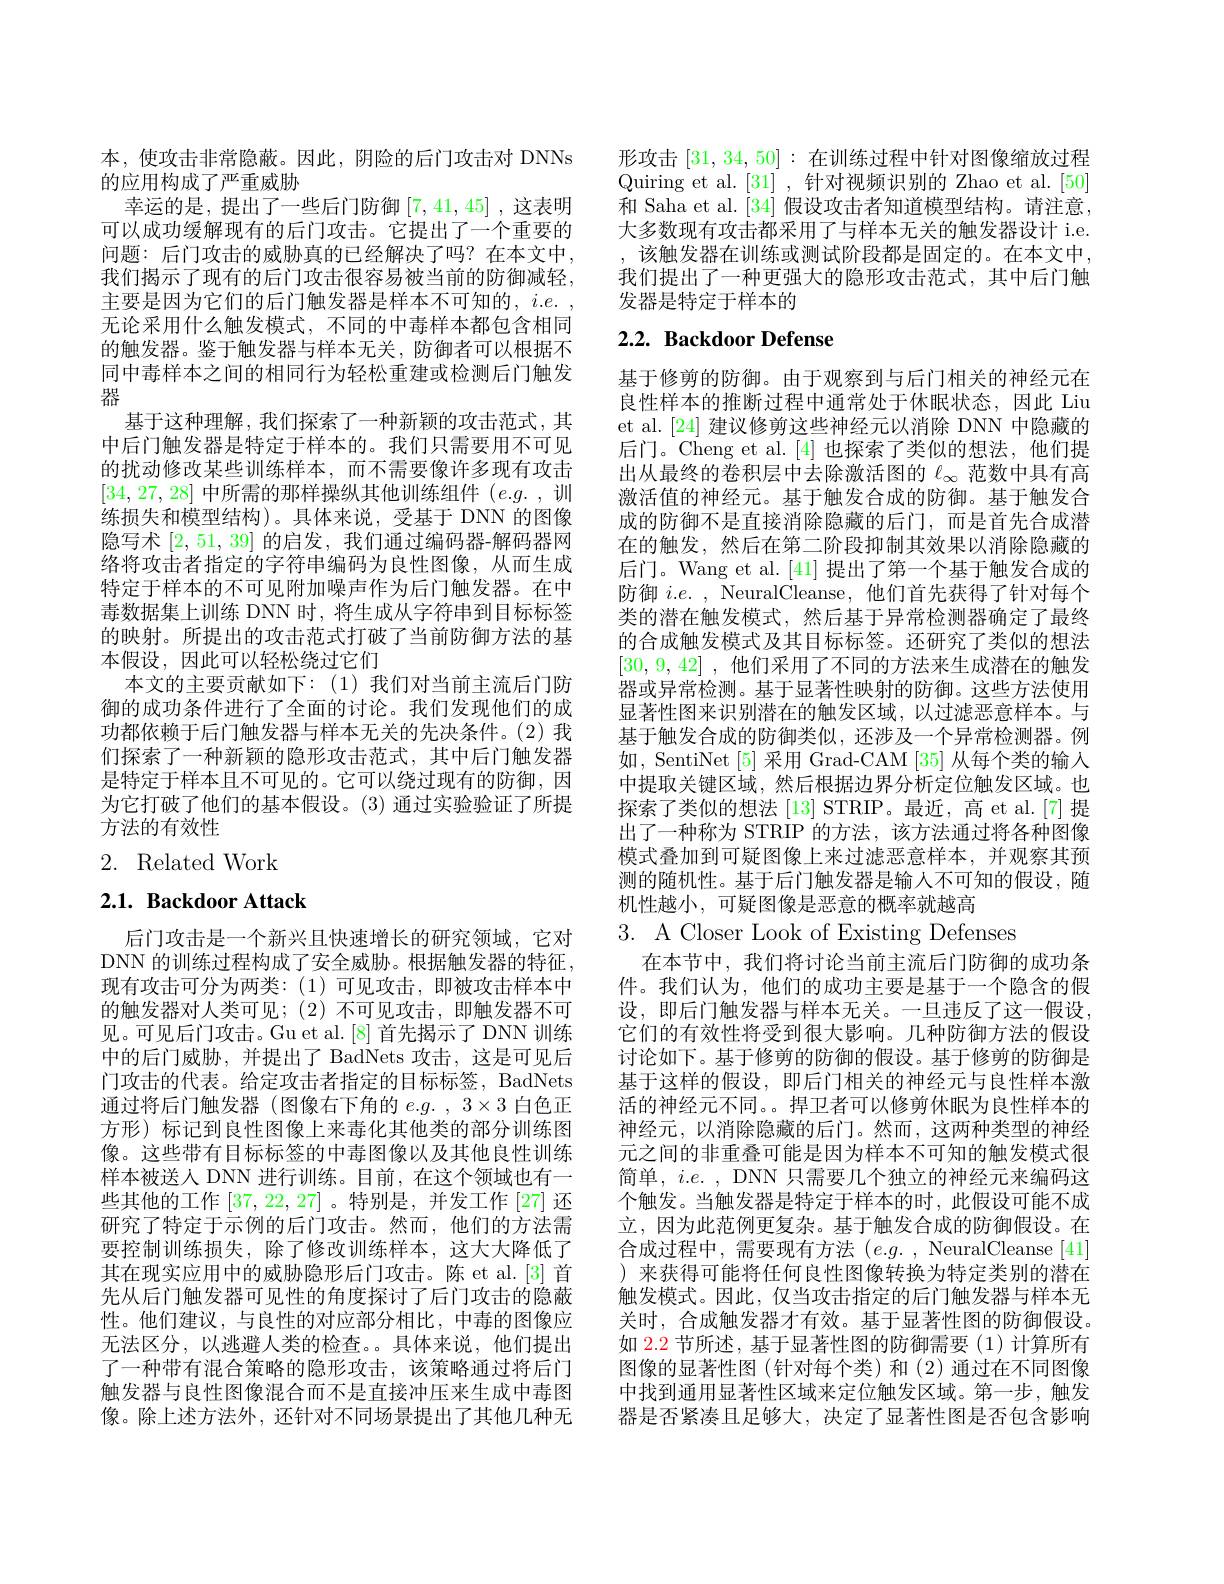
本，使攻击非常隐蔽。因此，阴险的后门攻击对 DNNs
的应用构成了严重威胁
幸运的是，提出了一些后门防御$\left[7,41,45\right]$,这表明可以成功缓解现有的后门攻击。它提出了一个重要的问题：后门攻击的威胁真的已经解决了吗？在本文中， 我们揭示了现有的后门攻击很容易被当前的防御减轻， 主要是因为它们的后门触发器是样本不可知的，$i. e.$ , 无论采用什么触发模式，不同的中毒样本都包含相同的触发器。鉴于触发器与样本无关，防御者可以根据不同中毒样本之间的相同行为轻松重建或检测后门触发器
基于这种理解，我们探索了一种新颖的攻击范式，其中后门触发器是特定于样本的。我们只需要用不可见的扰动修改某些训练样本，而不需要像许多现有攻击[34,27,28]中所需的那样操纵其他训练组件$(e.g.$,训练损失和模型结构)。具体来说，受基于 DNN 的图像隐写术[2,51,39]的启发，我们通过编码器-解码器网络将攻击者指定的字符串编码为良性图像，从而生成特定于样本的不可见附加噪声作为后门触发器。在中毒数据集上训练 DNN 时，将生成从字符串到目标标签的映射。所提出的攻击范式打破了当前防御方法的基本假设，因此可以轻松绕过它们
本文的主要贡献如下：(1)我们对当前主流后门防御的成功条件进行了全面的讨论。我们发现他们的成功都依赖于后门触发器与样本无关的先决条件。(2) 我们探索了一种新颖的隐形攻击范式，其中后门触发器是特定于样本且不可见的。它可以绕过现有的防御，因为它打破了他们的基本假设。(3) 通过实验验证了所提方法的有效性
2. Related Work

# $2. 1. \textbf{Backdoor Attack}$

后门攻击是一个新兴且快速增长的研究领域，它对DNN 的训练过程构成了安全威胁。根据触发器的特征， 现有攻击可分为两类：(1)可见攻击，即被攻击样本中的触发器对人类可见；(2)不可见攻击，即触发器不可见。可见后门攻击。Gu et al.[8] 首先揭示了 DNN 训练中的后门威胁，并提出了 BadNets 攻击，这是可见后门攻击的代表。给定攻击者指定的目标标签，BadNets 通过将后门触发器(图像右下角的$e. g.$ , $3\times 3$白色正方形)标记到良性图像上来毒化其他类的部分训练图像。这些带有目标标签的中毒图像以及其他良性训练样本被送人 DNN 进行训练。目前，在这个领域也有一些其他的工作[37,22,27]。特别是，并发工作 [27] 还研究了特定于示例的后门攻击。然而，他们的方法需要控制训练损失，除了修改训练样本，这大大降低了其在现实应用中的威胁隐形后门攻击。陈 et al.[3] 首先从后门触发器可见性的角度探讨了后门攻击的隐蔽性。他们建议，与良性的对应部分相比，中毒的图像应无法区分，以逃避人类的检查。。具体来说，他们提出了一种带有混合策略的隐形攻击，该策略通过将后门触发器与良性图像混合而不是直接冲压来生成中毒图像。除上述方法外，还针对不同场景提出了其他几种无

形攻击[31,34,50]:在训练过程中针对图像缩放过程Quiring et al.[31] ,针对视频识别的 Zhao et al.[50] 和 Saha et al. [34] 假设攻击者知道模型结构。请注意， 大多数现有攻击都采用了与样本无关的触发器设计 i.e. , 该触发器在训练或测试阶段都是固定的。在本文中， 我们提出了一种更强大的隐形攻击范式，其中后门触发器是特定于样本的

# 2.2. Backdoor Defense

基于修剪的防御。由于观察到与后门相关的神经元在良性样本的推断过程中通常处于休眠状态，因此 Liu et al.[24] 建议修剪这些神经元以消除 DNN 中隐藏的后门。Cheng et al.[4]也探索了类似的想法，他们提出从最终的卷积层中去除激活图的$\ell_{\infty}$范数中具有高激活值的神经元。基于触发合成的防御。基于触发合成的防御不是直接消除隐藏的后门，而是首先合成潜在的触发，然后在第二阶段抑制其效果以消除隐藏的后门。Wang et al.[41] 提出了第一个基于触发合成的防御$i. e.$ , NeuralCleanse,他们首先获得了针对每个类的潜在触发模式，然后基于异常检测器确定了最终的合成触发模式及其目标标签。还研究了类似的想法[30,9,42] , 他们采用了不同的方法来生成潜在的触发器或异常检测。基于显著性映射的防御。这些方法使用显著性图来识别潜在的触发区域，以过滤恶意样本。与基于触发合成的防御类似，还涉及一个异常检测器。例如，SentiNet [5] 采用 Grad-CAM [35] 从每个类的输入中提取关键区域，然后根据边界分析定位触发区域。也探索了类似的想法[13] STRIP。最近，高 et al.[7] 提出了一种称为 STRIP 的方法，该方法通过将各种图像模式叠加到可疑图像上来过滤恶意样本，并观察其预测的随机性。基于后门触发器是输入不可知的假设，随机性越小，可疑图像是恶意的概率就越高
$3.{\mathrm{~A~Closer~Look~of~Existing~Defenses}}$

在本节中，我们将讨论当前主流后门防御的成功条件。我们认为，他们的成功主要是基于一个隐含的假设，即后门触发器与样本无关。一旦违反了这一假设， 它们的有效性将受到很大影响。几种防御方法的假设讨论如下。基于修剪的防御的假设。基于修剪的防御是基于这样的假设，即后门相关的神经元与良性样本激活的神经元不同。。捍卫者可以修剪休眠为良性样本的神经元，以消除隐藏的后门。然而，这两种类型的神经元之间的非重叠可能是因为样本不可知的触发模式很简单，$i.e.$, DNN 只需要几个独立的神经元来编码这个触发。当触发器是特定于样本的时，此假设可能不成立，因为此范例更复杂。基于触发合成的防御假设。在合成过程中，需要现有方法(e.g.,NeuralCleanse[ 41] ) ) 来获得可能将任何良性图像转换为特定类别的潜在触发模式。因此，仅当攻击指定的后门触发器与样本无关时，合成触发器才有效。基于显著性图的防御假设。如 2.2 节所述，基于显著性图的防御需要(1)计算所有图像的显著性图(针对每个类)和(2)通过在不同图像中找到通用显著性区域来定位触发区域。第一步，触发器是否紧凑且足够大，决定了显著性图是否包含影响